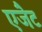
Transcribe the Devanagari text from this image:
एजैेट